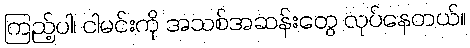
ကြည့်ပါ၊ ငါမင်းကို အသစ်အဆန်းတွေ လုပ်နေတယ်။